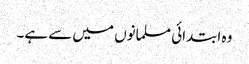
وہ ابتدائی مسلمانوں میں سے ہے۔